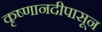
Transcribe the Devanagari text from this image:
कृष्णानदीपासून